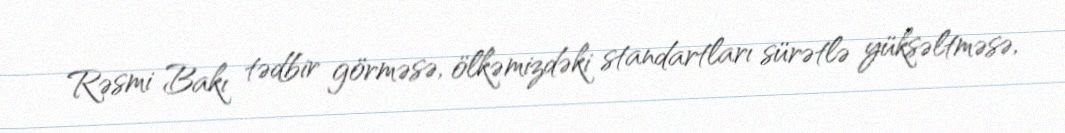
Rəsmi Bakı tədbir görməsə, ölkəmizdəki standartları sürətlə yüksəltməsə,